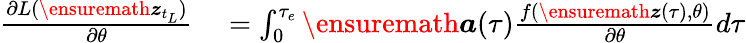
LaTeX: \begin{array}{rl}{\frac{\partial L(\ensuremath{\boldsymbol{z}}_{t_{L}})}{\partial\theta}}&{{}=\int_{0}^{\tau_{e}}\ensuremath{\boldsymbol{a}}(\tau)\frac{f(\ensuremath{\boldsymbol{z}}(\tau),\theta)}{\partial\theta}d\tau}\end{array}